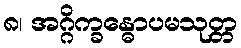
၈၊ အဂ္ဂိက္ခန္ဓောပမသုတ္တ